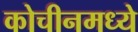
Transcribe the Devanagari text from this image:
कोचीनमध्ये